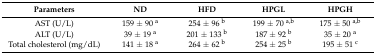
<table><thead><tr><td><b>Parameters</b></td><td><b>ND</b></td><td><b>HFD</b></td><td><b>HPGL</b></td><td><b>HPGH</b></td></tr></thead><tbody><tr><td>AST (U/L)</td><td>159 ± 90 <sup>a</sup></td><td>254 ± 96 <sup>b</sup></td><td>199 ± 70 <sup>a,b</sup></td><td>175 ± 50 <sup>a,b</sup></td></tr><tr><td>ALT (U/L)</td><td>39 ± 19 <sup>a</sup></td><td>201 ± 133 <sup>b</sup></td><td>187 ± 92 <sup>b</sup></td><td>35 ± 20 <sup>a</sup></td></tr><tr><td>Total cholesterol (mg/dL)</td><td>141 ± 18 <sup>a</sup></td><td>264 ± 62 <sup>b</sup></td><td>254 ± 25 <sup>b</sup></td><td>195 ± 51 <sup>c</sup></td></tr></tbody></table>